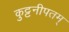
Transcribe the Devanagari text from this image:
कुट्टनीपतम्